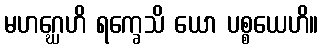
မဟဂ္ဃေဟိ ရက္ခေသိ ယော ပစ္စယေဟိ။